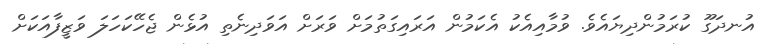
އުނދަގޫ ކުރަމުންދިޔައެވެ. ވުމާއިއެކު އެކަމުން އަރައިގަތުމަށް ވަރަށް އަވަދިނެތި އުޅެން ޖެހޭކަހަލަ ވަޒީފާއަކަށް